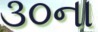
૩૦ના